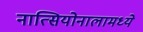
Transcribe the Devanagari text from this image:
नात्सियोनालामध्ये